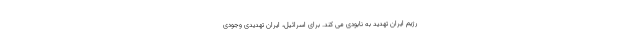
رژیم ایران تهدید به نابودی می کند. برای اسرائیل، ایران تهدیدی وجودی